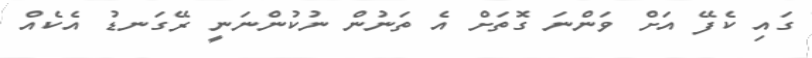
ގައި ކެފޭ އަށް ވަންނަ ގޮތަށް އެ ތަނުން ނުކުންނަނީ ރޭގަނޑު އެކެއް